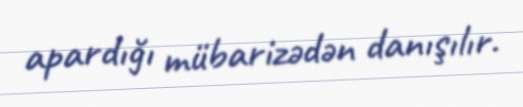
apardığı mübarizədən danışılır.